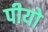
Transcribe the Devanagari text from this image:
पीयो